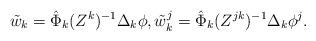
LaTeX: \begin{align*}\tilde w_k = \hat \Phi_k(Z^k)^{-1} \Delta_k \phi, \tilde w_k^j = \hat \Phi_k(Z^{jk})^{-1} \Delta_k \phi^j.\end{align*}